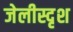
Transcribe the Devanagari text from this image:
जेलीस्दृश